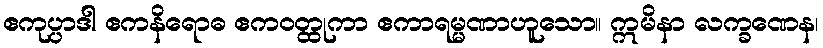
ဧကုပ္ပာဒါ ဧကနိရောဓ ဧကဝတ္ထုကာ ဧကာရမ္မဏာဟူသော။ ဣမိနာ လက္ခဏေန၊